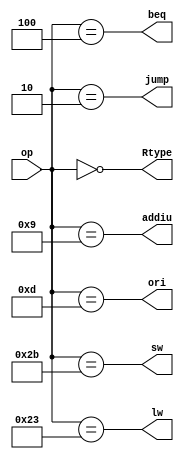
module insDecoder(
    input[5:0] op,
    output Rtype,
    output ori,
    output addiu,
    output lw,
    output sw,
    output beq,
    output jump
);

    assign Rtype = (op == 6'b000000);
    assign ori = (op == 6'b001101);
    assign addiu = (op == 6'b001001);
    assign lw = (op == 6'b100011);
    assign sw = (op == 6'b101011);
    assign beq = (op == 6'b000100);
    assign jump = (op == 6'b000010);


endmodule